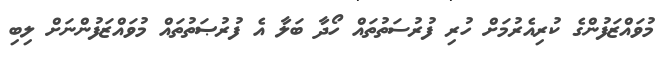
މުވައްޒަފުންގެ ކުރިއެރުމަށް ހުރި ފުރުސަތުތައް ހޯދާ ބަލާ އެ ފުރުޞަތުތައް މުވައްޒަފުންނަށް ލިބި